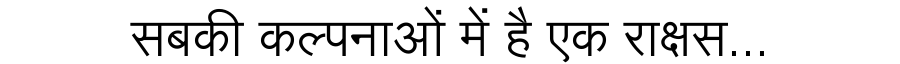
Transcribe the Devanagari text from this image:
सबकी कल्पनाओं में है एक राक्षस...